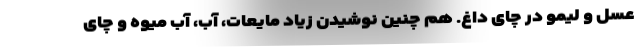
عسل و لیمو در چای داغ. هم چنین نوشیدن زیاد مایعات، آب، آب میوه و چای